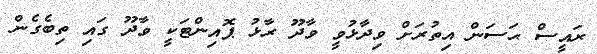
ރައީސް ޙަސަން އިތުރަށް ވިދާޅުވީ ވާދޫ ރާޅު ޕޮއިންޓަކީ ވާދޫ ގައި ތިބެގެން